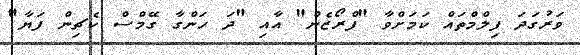
ވަރުގަދަ ފިލްމްތައް ކަމަށްވާ "ފްރޯޒެން" އާއި "ދަ ހަންގާ ގޭމްސް ކެޗިން ފަޔާ"